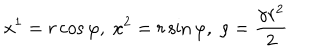
x ^ { 1 } = r \cos \varphi , \; x ^ { 2 } = r \sin \varphi , \; \rho = \frac { \gamma r ^ { 2 } } { 2 }